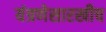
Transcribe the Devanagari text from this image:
यंत्रणेसारखीच